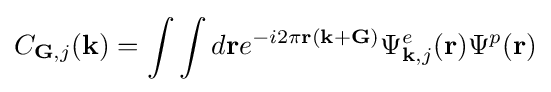
C_{\mathbf {G} ,j}(\mathbf {k} )=\int \int d\mathbf {r} e^{-i2\pi \mathbf {r(k+G)} }\Psi _{\mathbf {k} ,j}^{e}(\mathbf {r} )\Psi ^{p}(\mathbf {r} )